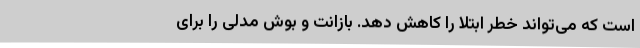
است که می‌تواند خطر ابتلا را کاهش دهد. بازانت و بوش مدلی را برای